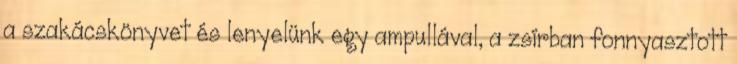
a szakácskönyvet és lenyelünk egy ampullával, a zsírban fonnyasztott